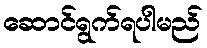
ဆောင်ရွက်ရပါမည်